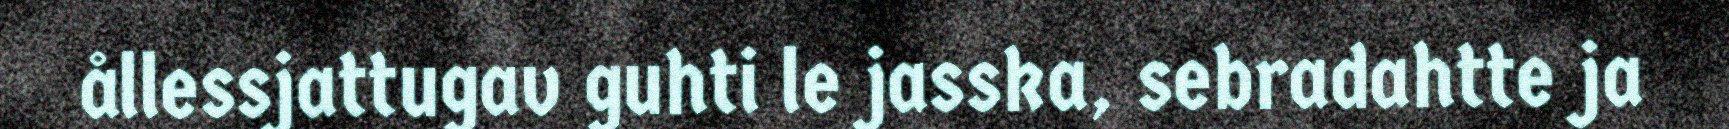
ållessjattugav guhti le jasska, sebradahtte ja